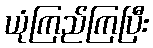
ယုံကြည်ကြပြီး